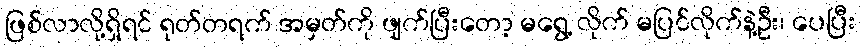
ဖြစ်လာလို့ရှိရင် ရုတ်တရက် အမှတ်ကို ဖျက်ပြီးတော့ မရွေ့ လိုက် မပြင်လိုက်နဲ့ဦး၊ ပေပြီး